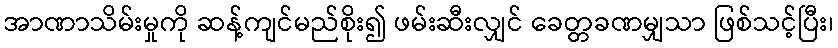
အာဏာသိမ်းမှုကို ဆန့်ကျင်မည်စိုး၍ ဖမ်းဆီးလျှင် ခေတ္တခဏမျှသာ ဖြစ်သင့်ပြီး၊